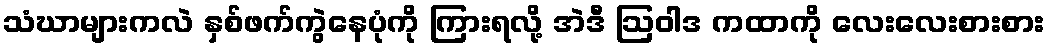
သံဃာများကလဲ နှစ်ဖက်ကွဲနေပုံကို ကြားရလို့ အဲဒီ ဩဝါဒ ကထာကို လေးလေးစားစား